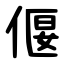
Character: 偃